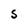
Character: S